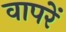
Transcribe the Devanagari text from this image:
वापरें